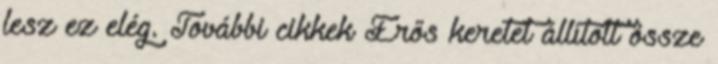
lesz ez elég. További cikkek Erős keretet állított össze